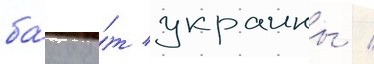
ба́ку о́т украины /